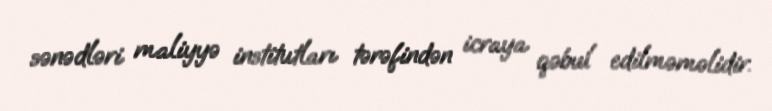
sənədləri maliyyə institutları tərəfindən icraya qəbul edilməməlidir.